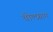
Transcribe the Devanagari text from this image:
वोल्फ्राम